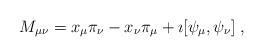
LaTeX: \begin{align*}M_{\mu\nu}=x_\mu\pi_\nu -x_\nu\pi_\mu +\imath [\psi_\mu ,\psi_\nu ]\;,\end{align*}